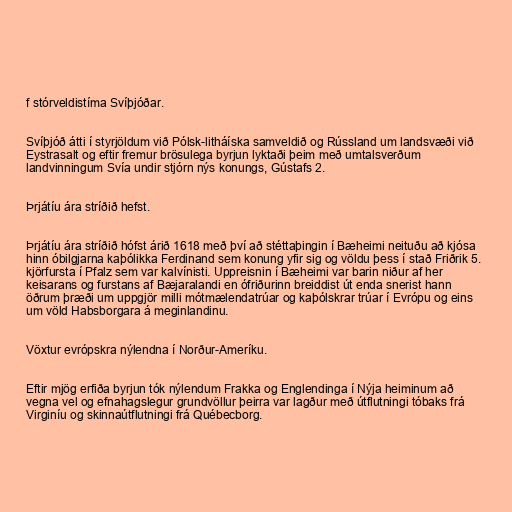
f stórveldistíma Svíþjóðar.

Svíþjóð átti í styrjöldum við Pólsk-litháíska samveldið og Rússland um landsvæði við
Eystrasalt og eftir fremur brösulega byrjun lyktaði þeim með umtalsverðum
landvinningum Svía undir stjórn nýs konungs, Gústafs 2.

Þrjátíu ára stríðið hefst.

Þrjátíu ára stríðið hófst árið 1618 með því að stéttaþingin í Bæheimi neituðu að kjósa
hinn óbilgjarna kaþólikka Ferdinand sem konung yfir sig og völdu þess í stað Friðrik 5.
kjörfursta í Pfalz sem var kalvínisti. Uppreisnin í Bæheimi var barin niður af her
keisarans og furstans af Bæjaralandi en ófriðurinn breiddist út enda snerist hann
öðrum þræði um uppgjör milli mótmælendatrúar og kaþólskrar trúar í Evrópu og eins
um völd Habsborgara á meginlandinu.

Vöxtur evrópskra nýlendna í Norður-Ameríku.

Eftir mjög erfiða byrjun tók nýlendum Frakka og Englendinga í Nýja heiminum að
vegna vel og efnahagslegur grundvöllur þeirra var lagður með útflutningi tóbaks frá
Virginíu og skinnaútflutningi frá Québecborg.